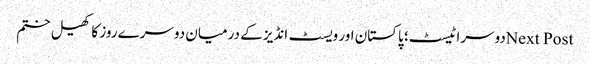
Next Postدوسرا ٹیسٹ؛ پاکستان اور ویسٹ انڈیز کے درمیان دوسرے روز کا کھیل ختم